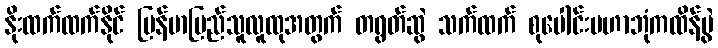
နိုးထက်ထက်နိုင် မြန်မာပြည်သူလူထုအတွက် တရွတ်ဆွဲ သက်ထက် စုပေါင်းမဟာဘုံကထိန်ပွဲ